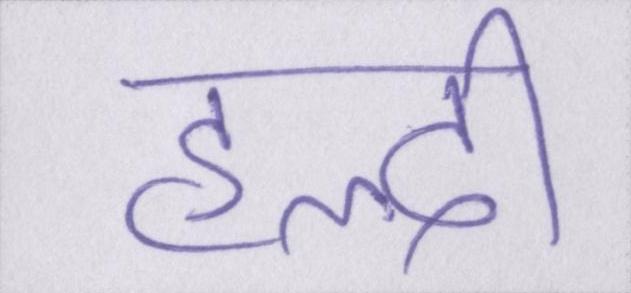
हल्दी